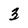
Character: 3